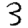
Digit: 3